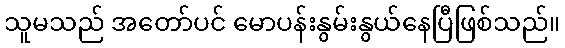
သူမသည် အတော်ပင် မောပန်းနွမ်းနွယ်နေပြီဖြစ်သည်။